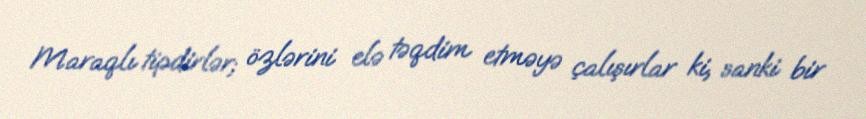
Maraqlı tipdirlər; özlərini elə təqdim etməyə çalışırlar ki, sanki bir